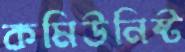
কমিউনিষ্ট